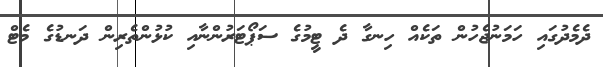
ދެމެދުގައި ހަމަނުޖެހުން ތަކެއް ހިނގާ ދެ ޓީމުގެ ސަޕޯޓަރުންނާއި ކުޅުންތެރިން ދަނޑުގެ މެޓް